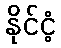
နိုင်ငံ့